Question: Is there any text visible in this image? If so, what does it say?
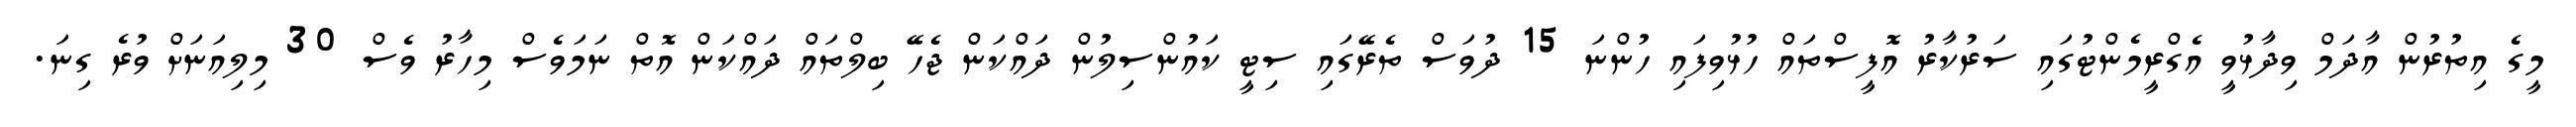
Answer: މީގެ އިތުރުން އާދަމް ވިދާޅުވީ އެގްރީމެންޓުގައި ސަރުކާރު އޮފީސްތައް ހުޅުވިފައި ހުންނަ 15 ދުވަސް ތެރޭގައި ސިޓީ ކައުންސިލުން ދައްކަން ޖެހޭ ބިލްތައް ދައްކަން އޮތް ނަމަވެސް މިހާރު ވެސް 30 މިލިއަނަށް ވުރެ ގިނަ.